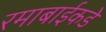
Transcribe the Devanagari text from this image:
रमाबाईकडे